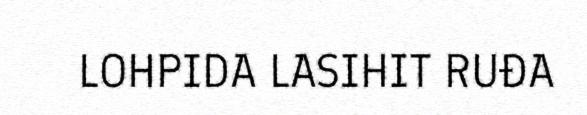
LOHPIDA LASIHIT RUĐA